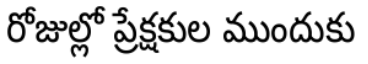
రోజుల్లో ప్రేక్షకుల ముందుకు